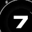
Digit: 7